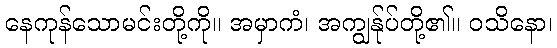
နေကုန်သောမင်းတို့ကို။ အမှာကံ၊ အကျွန်ုပ်တို့၏။ ဝသိနော၊